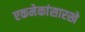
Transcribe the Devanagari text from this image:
एकमेकांसारखे